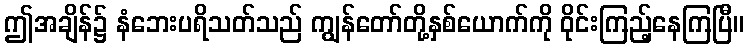
ဤအချိန်၌ နံဘေးပရိသတ်သည် ကျွန်တော်တို့နှစ်ယောက်ကို ဝိုင်းကြည့်နေကြပြီ။